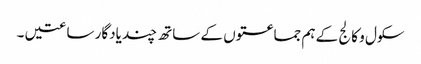
سکول و کالج کے ہم جماعتوں کے ساتھ چند یادگار ساعتیں ۔